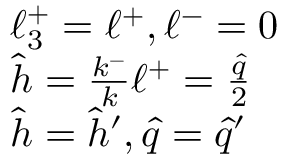
\begin{array} { l } { { \ell _ { 3 } ^ { + } = \ell ^ { + } , \ell ^ { - } = 0 } } \\ { { \hat { h } = \frac { k ^ { - } } { k } \ell ^ { + } = \frac { \hat { q } } { 2 } } } \\ { { \hat { h } = \hat { h } ^ { \prime } , \hat { q } = \hat { q } ^ { \prime } } } \end{array}